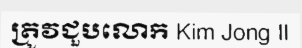
ត្រូវជួបលោក Kim Jong Il